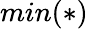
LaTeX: min(*)